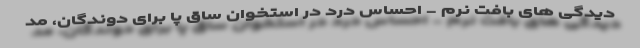
دیدگی های بافت نرم - احساس درد در استخوان ساق پا برای دوندگان، مد